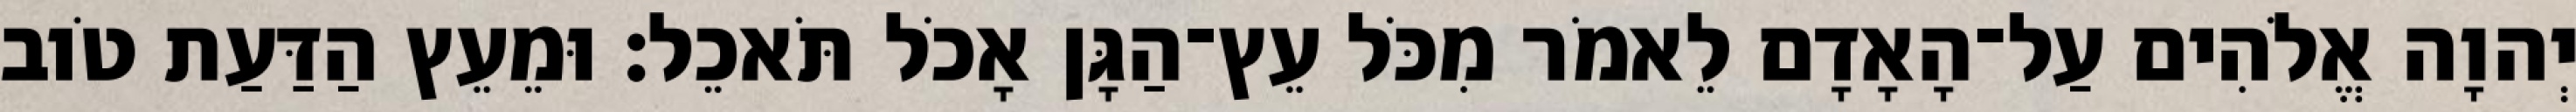
יְהוָה אֱלֹהִים עַל־הָאָדָם לֵאמֹר מִכֹּל עֵץ־הַגָּן אָכֹל תֹּאכֵל׃ וּמֵעֵץ הַדַּעַת טֹוב